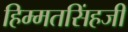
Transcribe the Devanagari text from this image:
हिम्मतसिंहजी